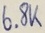
Text: 6.8K